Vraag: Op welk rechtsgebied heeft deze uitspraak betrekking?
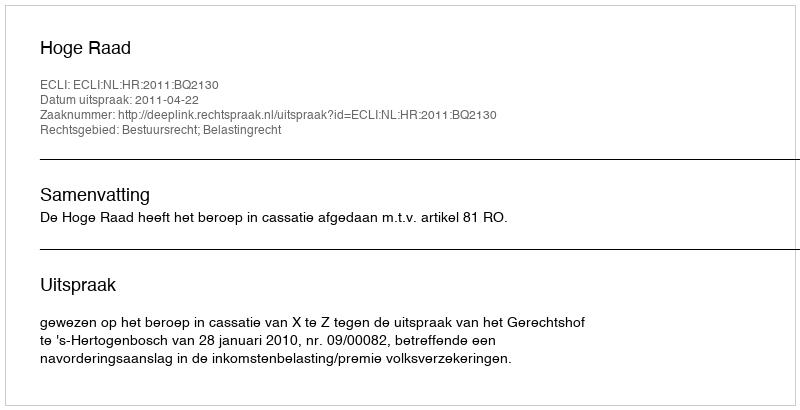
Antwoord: Bestuursrecht; Belastingrecht